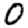
Digit: 0